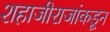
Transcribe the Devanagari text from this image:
शहाजीराजांकडून